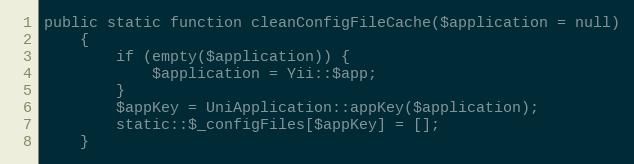
Language: PHP
public static function cleanConfigFileCache($application = null)
    {
        if (empty($application)) {
            $application = Yii::$app;
        }
        $appKey = UniApplication::appKey($application);
        static::$_configFiles[$appKey] = [];
    }